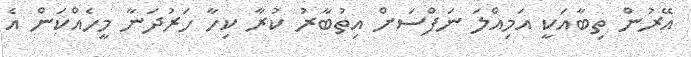
އޭރުން ތިބާއަކީ އަމިއްލަ ނަފްސަށް އިތުބާރު ކުރާ ކިހާ ހަރުދަނާ މީހެއްކަން އެ